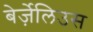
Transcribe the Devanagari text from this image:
बेर्ज़ेलिउस